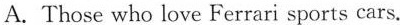
A.Those who love Ferrari sports cars.